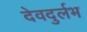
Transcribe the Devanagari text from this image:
देवदुर्लभ